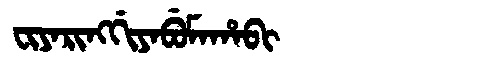
Manchu: ᠸᡳᠶᠠᡵᡳᠩᡤᡳᠶᠠᠪᡠᠮᠠᡥᠠᠪᡳ
Romanization: FIYARINGGIYABUMAHABI